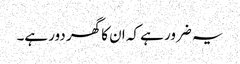
یہ ضرور ہے کہ ان کا گھر دور ہے۔